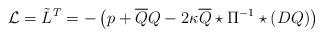
LaTeX: \begin{align*}{\cal L} = \tilde{L}^{T} = - \left(p + \overline{Q}Q - 2\kappa\overline{Q}\star \Pi^{-1}\star (DQ)\right)\end{align*}